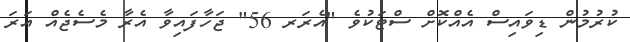
ކުރުމުން ޑިވައިސް އެއްކޮށް ސްޓަކުވެ "އެރަރ 56" ޖަހާފައިވާ އެރާ މެސެޖެއް އަރަ